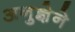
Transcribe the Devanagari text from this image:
अनुज्ञेने